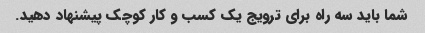
شما باید سه راه برای ترویج یک کسب و کار کوچک پیشنهاد دهید.